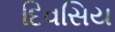
દિવસિય